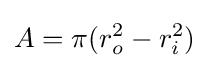
A=\pi (r_{o}^{2}-r_{i}^{2})